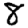
Digit: 8